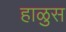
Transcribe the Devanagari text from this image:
हाळुस